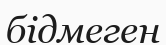
бідмеген